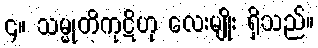
၄။ သမ္မုတိကုဋိဟု လေးမျိုး ရှိသည်။